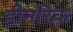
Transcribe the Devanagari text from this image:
हीनरिक